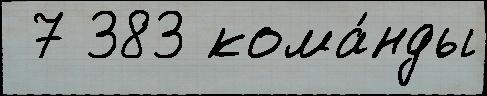
 7 383 кома́нды